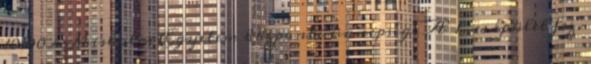
10.00 a Miskolci Egyetem központi ünnepsége A 1-es épület fsz.